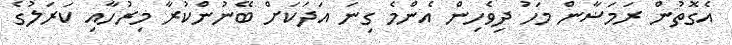
އެގޮތުން ރަމަޟާން މަހު ދިވެހިން އެންމެ ގިނަ އަދަކަށް ބޭނުންކުރާ މިރުހާއި ކަރަލުގެ